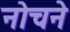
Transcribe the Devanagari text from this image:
नोचने